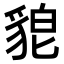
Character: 𮙪